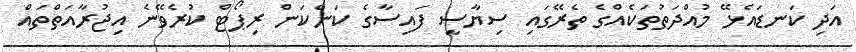
އަދި ކަނޑައެޅޭ މުއްދަތުތަކެއްގެ ތެރޭގައި ސިޔާސީ ފައިސާގެ ކަންކަން ރިޕޯޓް ކުރެވޭނެ އިޖުރާއަތްތައް